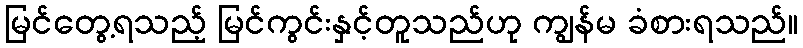
မြင်တွေ့ရသည့် မြင်ကွင်းနှင့်တူသည်ဟု ကျွန်မ ခံစားရသည်။